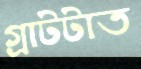
গ্রাটটাত